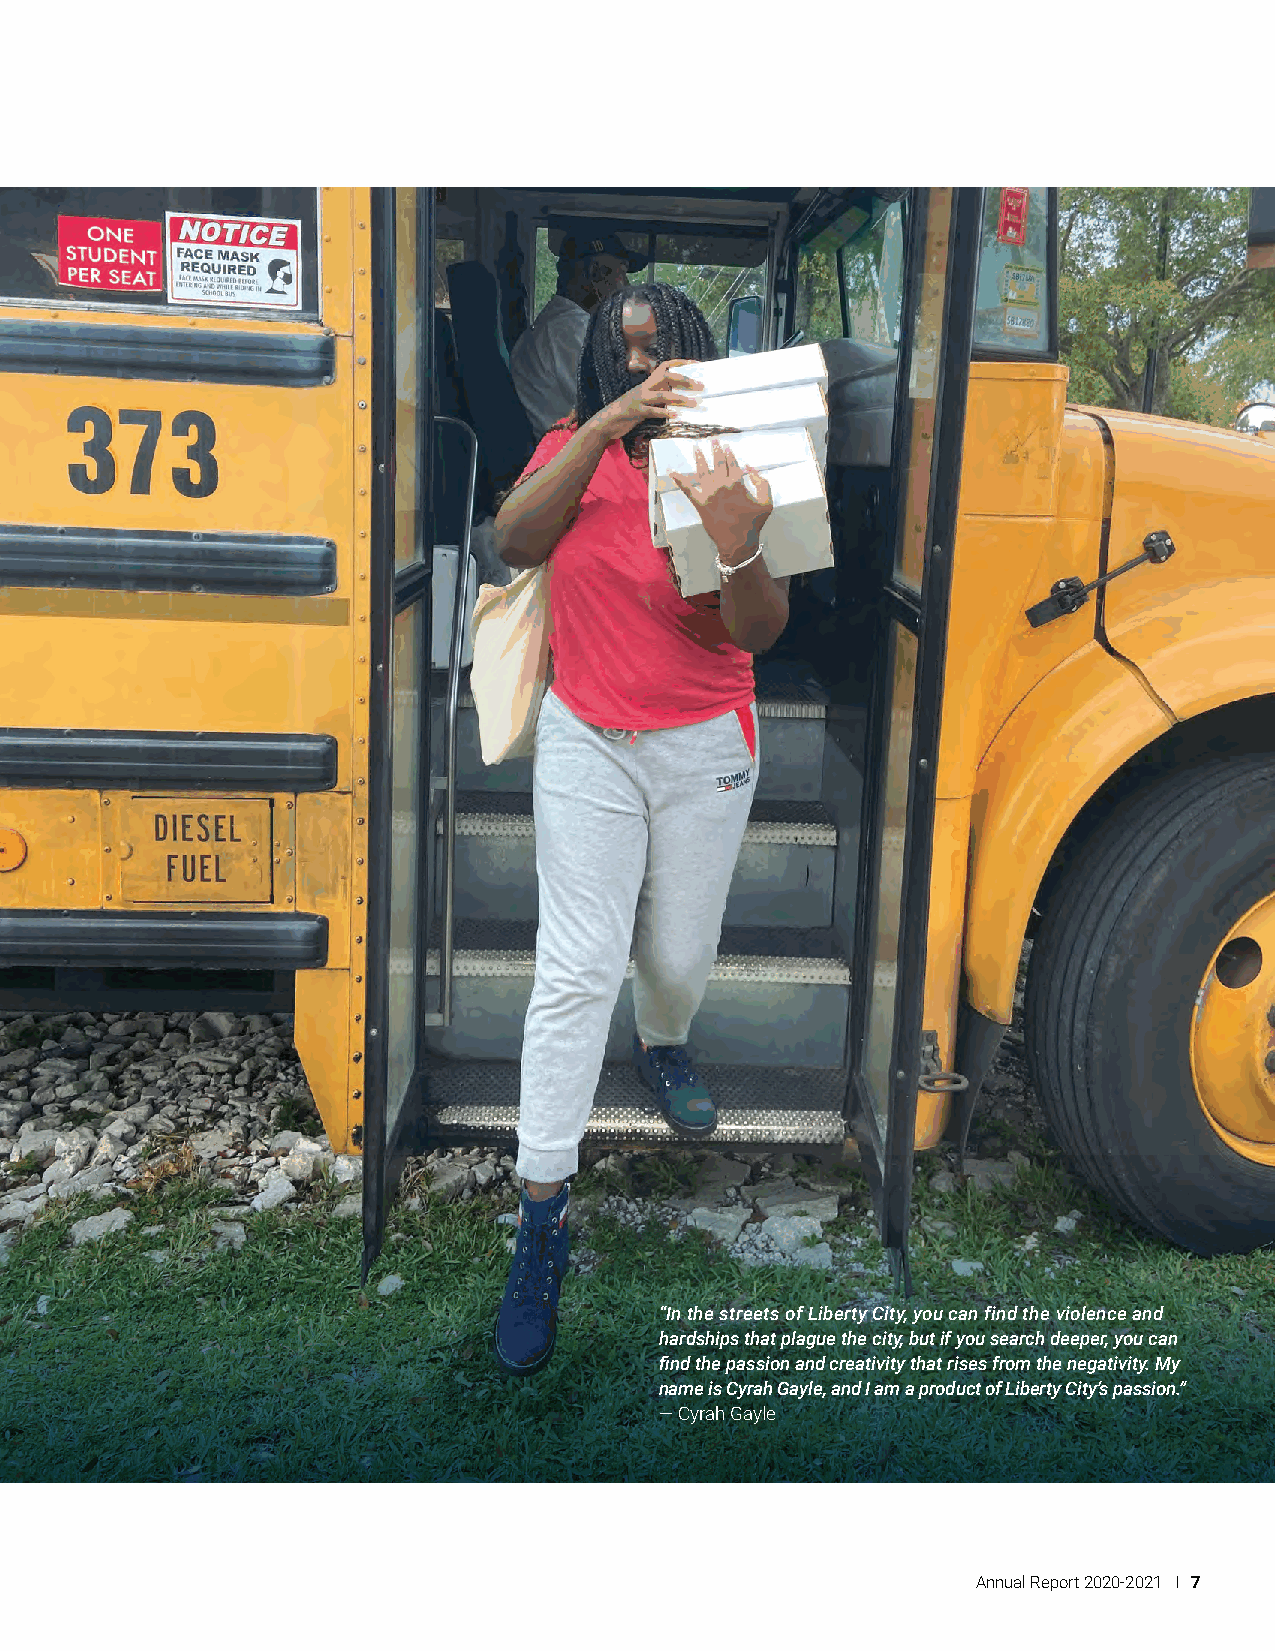
“In the streets of Liberty City, you can find the violence and
 hardships that plague the city, but if you search deeper, you can
 find the passion and creativity that rises from the negativity. My
 name is Cyrah Gayle, and I am a product of Liberty City’s passion.”
 — Cyrah Gayle
 Annual Report 2020-2021 I 7